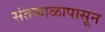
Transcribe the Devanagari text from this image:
संतकाळापासून